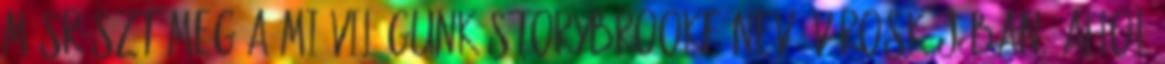
másrészt meg a mi világunk Storybrooke nevű városkájában, ahol